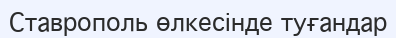
Ставрополь өлкесінде туғандар